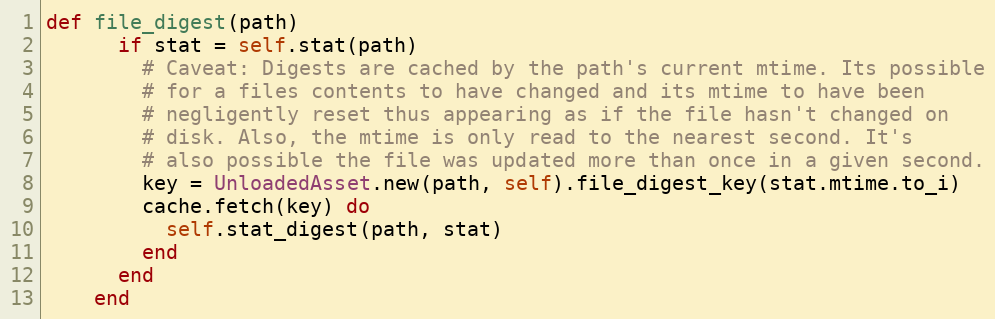
Language: Ruby
def file_digest(path)
      if stat = self.stat(path)
        # Caveat: Digests are cached by the path's current mtime. Its possible
        # for a files contents to have changed and its mtime to have been
        # negligently reset thus appearing as if the file hasn't changed on
        # disk. Also, the mtime is only read to the nearest second. It's
        # also possible the file was updated more than once in a given second.
        key = UnloadedAsset.new(path, self).file_digest_key(stat.mtime.to_i)
        cache.fetch(key) do
          self.stat_digest(path, stat)
        end
      end
    end